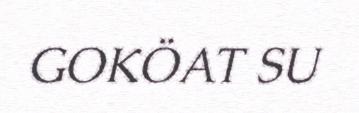
GOKÖAT SU